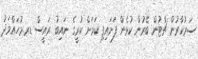
ސަރުކާރުން ޗާޓުން ބޭރުން ކުޅެން ފަށައިފި ކަމަށް ކުރީގެ ނައިބު ރައީސް ޑރ.މުހައްމަދު